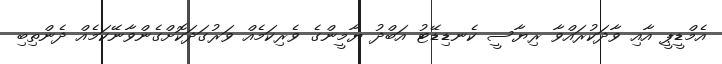
އެމްޑީޕީ އާއި ވާދަކުރައްވާ ރިޔާސީ ކެނޑިޑޭޓު އަބްދު ޔާމީންގެ ވެރިކަމެއް ވަރުގަދަކޮށްގެންވާނޭކަމެއް ދެންތިބި